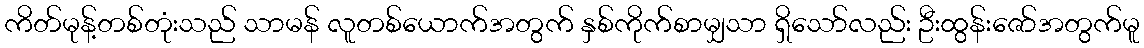
ကိတ်မုန့်တစ်တုံးသည် သာမန် လူတစ်ယောက်အတွက် နှစ်ကိုက်စာမျှသာ ရှိသော်လည်း ဦးထွန်းဇော်အတွက်မူ